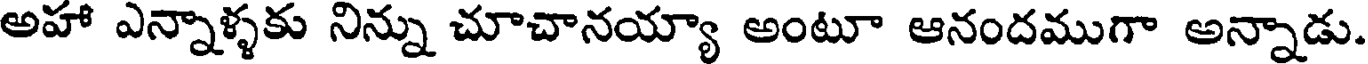
అహా ఎన్నాళ్ళకు నిన్ను చూచానయ్యా అంటూ ఆనందముగా అన్నాడు.